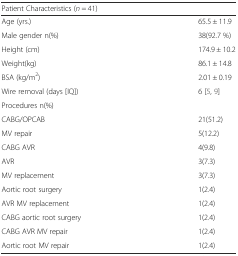
<table><thead><tr><td colspan="2"><b>Patient Characteristics (<i>n</i> = 41)</b></td></tr></thead><tbody><tr><td>Age (yrs.)</td><td>65.5 ± 11.9</td></tr><tr><td>Male gender n(%)</td><td>38(92.7 %)</td></tr><tr><td>Height (cm)</td><td>174.9 ± 10.2</td></tr><tr><td>Weight(kg)</td><td>86.1 ± 14.8</td></tr><tr><td>BSA (kg/m<sup>2</sup>)</td><td>2.01 ± 0.19</td></tr><tr><td>Wire removal (days [IQ])</td><td>6 [5, 9]</td></tr><tr><td>Procedures n(%)</td><td></td></tr><tr><td>CABG/OPCAB</td><td>21(51.2)</td></tr><tr><td>MV repair</td><td>5(12.2)</td></tr><tr><td>CABG AVR</td><td>4(9.8)</td></tr><tr><td>AVR</td><td>3(7.3)</td></tr><tr><td>MV replacement</td><td>3(7.3)</td></tr><tr><td>Aortic root surgery</td><td>1(2.4)</td></tr><tr><td>AVR MV replacement</td><td>1(2.4)</td></tr><tr><td>CABG aortic root surgery</td><td>1(2.4)</td></tr><tr><td>CABG AVR MV repair</td><td>1(2.4)</td></tr><tr><td>Aortic root MV repair</td><td>1(2.4)</td></tr></tbody></table>